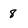
Character: 8